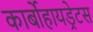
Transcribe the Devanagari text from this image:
कार्बोहायड्रेटस